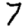
Digit: 7